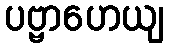
ပဗ္ဗာဟေယျ